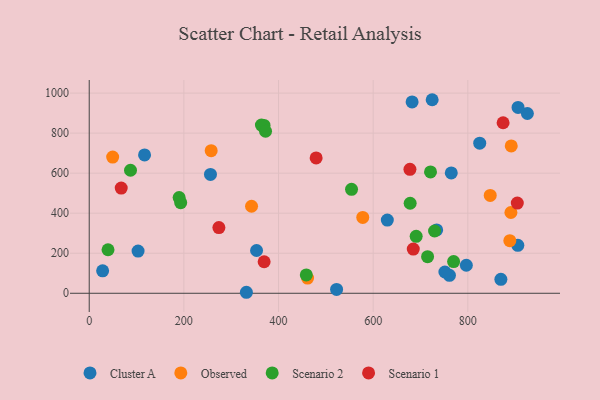
{"axis": {"x": "Ad Spend", "y": "Demand"}, "legend": ["Cluster A", "Observed", "Scenario 1", "Scenario 2"], "data": [{"x": "765.1", "y": 601.3, "type": "Cluster A"}, {"x": "682.3", "y": 955.8, "type": "Cluster A"}, {"x": "353.6", "y": 213.6, "type": "Cluster A"}, {"x": "724.7", "y": 966.9, "type": "Cluster A"}, {"x": "905.7", "y": 239.3, "type": "Cluster A"}, {"x": "116.9", "y": 691.1, "type": "Cluster A"}, {"x": "761.2", "y": 89.5, "type": "Cluster A"}, {"x": "796.9", "y": 140.1, "type": "Cluster A"}, {"x": "28.3", "y": 112.3, "type": "Cluster A"}, {"x": "751.6", "y": 106.3, "type": "Cluster A"}, {"x": "522.7", "y": 19.4, "type": "Cluster A"}, {"x": "825.2", "y": 750.0, "type": "Cluster A"}, {"x": "869.9", "y": 69.8, "type": "Cluster A"}, {"x": "925.9", "y": 898.1, "type": "Cluster A"}, {"x": "906.2", "y": 928.6, "type": "Cluster A"}, {"x": "734.2", "y": 316.4, "type": "Cluster A"}, {"x": "256.2", "y": 593.6, "type": "Cluster A"}, {"x": "629.9", "y": 365.6, "type": "Cluster A"}, {"x": "332.1", "y": 5.0, "type": "Cluster A"}, {"x": "103.2", "y": 210.7, "type": "Cluster A"}, {"x": "891.8", "y": 736.0, "type": "Observed"}, {"x": "847.4", "y": 489.0, "type": "Observed"}, {"x": "891.1", "y": 403.6, "type": "Observed"}, {"x": "888.8", "y": 262.8, "type": "Observed"}, {"x": "257.7", "y": 712.4, "type": "Observed"}, {"x": "343.0", "y": 434.8, "type": "Observed"}, {"x": "578.0", "y": 379.1, "type": "Observed"}, {"x": "49.5", "y": 680.2, "type": "Observed"}, {"x": "461.4", "y": 76.0, "type": "Observed"}, {"x": "369.4", "y": 838.5, "type": "Scenario 2"}, {"x": "678.2", "y": 449.8, "type": "Scenario 2"}, {"x": "190.0", "y": 478.2, "type": "Scenario 2"}, {"x": "554.3", "y": 519.2, "type": "Scenario 2"}, {"x": "770.0", "y": 158.5, "type": "Scenario 2"}, {"x": "690.9", "y": 284.5, "type": "Scenario 2"}, {"x": "363.9", "y": 840.4, "type": "Scenario 2"}, {"x": "715.0", "y": 182.6, "type": "Scenario 2"}, {"x": "87.2", "y": 614.5, "type": "Scenario 2"}, {"x": "372.6", "y": 809.5, "type": "Scenario 2"}, {"x": "729.8", "y": 311.0, "type": "Scenario 2"}, {"x": "193.3", "y": 452.5, "type": "Scenario 2"}, {"x": "458.7", "y": 91.8, "type": "Scenario 2"}, {"x": "721.2", "y": 606.0, "type": "Scenario 2"}, {"x": "39.7", "y": 217.4, "type": "Scenario 2"}, {"x": "369.6", "y": 157.4, "type": "Scenario 1"}, {"x": "684.8", "y": 220.9, "type": "Scenario 1"}, {"x": "677.7", "y": 619.3, "type": "Scenario 1"}, {"x": "874.6", "y": 851.8, "type": "Scenario 1"}, {"x": "67.6", "y": 525.3, "type": "Scenario 1"}, {"x": "479.5", "y": 676.3, "type": "Scenario 1"}, {"x": "904.6", "y": 450.6, "type": "Scenario 1"}, {"x": "274.0", "y": 328.3, "type": "Scenario 1"}]}